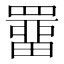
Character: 𮊚